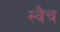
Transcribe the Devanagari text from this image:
स्वैच